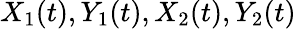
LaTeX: X_{1}(t),Y_{1}(t),X_{2}(t),Y_{2}(t)